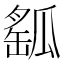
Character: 𤬍